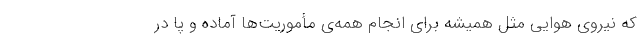
که نیروی هوایی مثل همیشه برای انجام همه‌ی مأموریت‌ها آماده و پا در